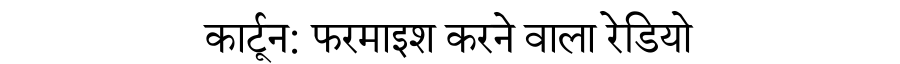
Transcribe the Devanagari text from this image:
कार्टून: फरमाइश करने वाला रेडियो